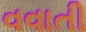
વવાતી